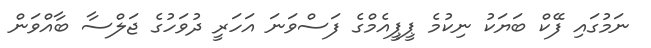
ނަމުގައި ފޭކް ބަޔަކު ނިކުމެ ޕީޕީއެމްގެ ފަސްވަނަ އަހަރީ ދުވަހުގެ ޖަލްސާ ބާއްވަން